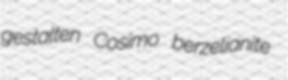
gestalten Cosimo berzelianite